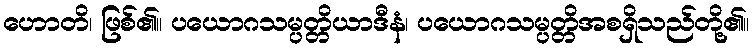
ဟောတိ၊ ဖြစ်၏။ ပယောဂသမ္ပတ္တိယာဒီနံ၊ ပယောဂသမ္ပတ္တိအစရှိသည်တို့၏။